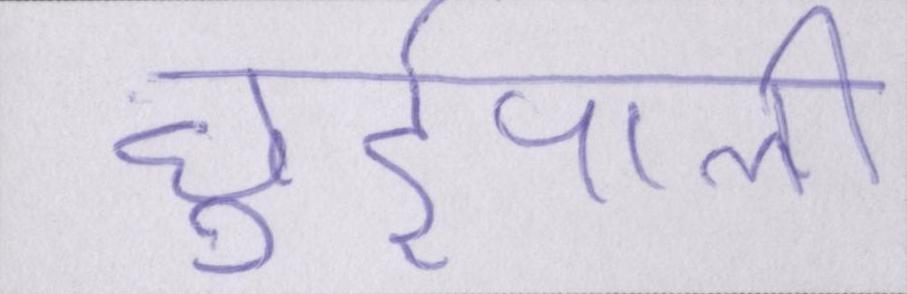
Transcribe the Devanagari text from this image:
छुईपाली